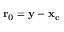
\mathbf { r _ { 0 } } = \mathbf { y } - \mathbf { x _ { c } }